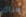
هناك